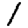
Digit: 1